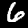
Digit: 6